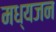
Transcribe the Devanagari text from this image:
मध्यजन